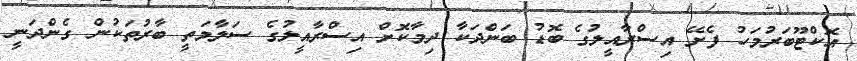
އޮކްޓޫބަރުމަހު ފެށޭ އިސްރާއީލުގެ ބޮޑު ބަންދަކާ ދިމާކޮށް އިސްރާއީލުގެ ސަލާމަތީ ބާރުތަކުން ގެންދަނީ